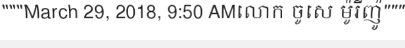
"""March 29, 2018, 9:50 AMលោក ចូសេ ម៉ូរីញ៉ូ"""